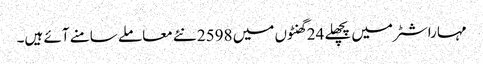
مہاراشٹر میں پچھلے 24 گھنٹوں میں 2598 نئے معاملے سامنے آئے ہیں۔